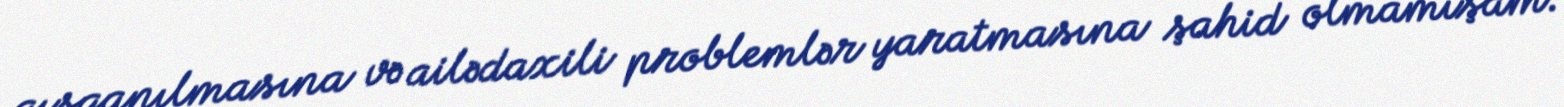
qısqanılmasına və ailədaxili problemlər yaratmasına şahid olmamışam.